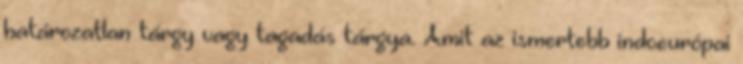
határozatlan tárgy vagy tagadás tárgya. Amit az ismertebb indoeurópai